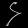
Digit: ၄